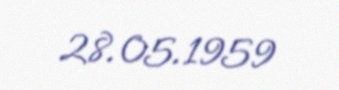
28.05.1959